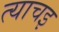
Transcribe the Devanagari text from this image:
त्याचइ